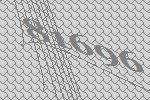
81696